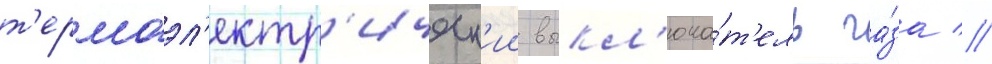
т'ермоэл'ектр'ическ'ии выкл'юча́т'ель га́за //